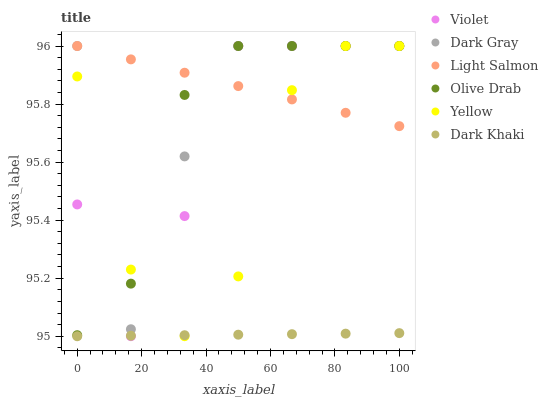
| xaxis_label | Violet | Dark Gray | Light Salmon | Olive Drab | Yellow | Dark Khaki |
 | --- | --- | --- | --- | --- | --- | --- |
 | 0 | 95.5 | 96 | 96 | 95 | 95.9 | 95 |
 | 16.7 | 95 | 95 | 96 | 95.2 | 95.2 | 95 |
 | 33.3 | 95.4 | 95.6 | 95.9 | 95.8 | 95 | 95 |
 | 50 | 96 | 96 | 95.9 | 96 | 95.2 | 95 |
 | 66.7 | 96 | 96 | 95.8 | 96 | 95.8 | 95 |
 | 83.3 | 96 | 96 | 95.8 | 96 | 96 | 95 |
 | 100 | 96 | 96 | 95.7 | 96 | 96 | 95 |